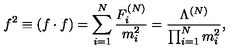
f ^ { 2 } \equiv ( f \cdot f ) = \sum _ { i = 1 } ^ { N } \frac { F _ { i } ^ { ( N ) } } { m _ { i } ^ { 2 } } = \frac { \Lambda ^ { ( N ) } } { \prod _ { i = 1 } ^ { N } m _ { i } ^ { 2 } } ,